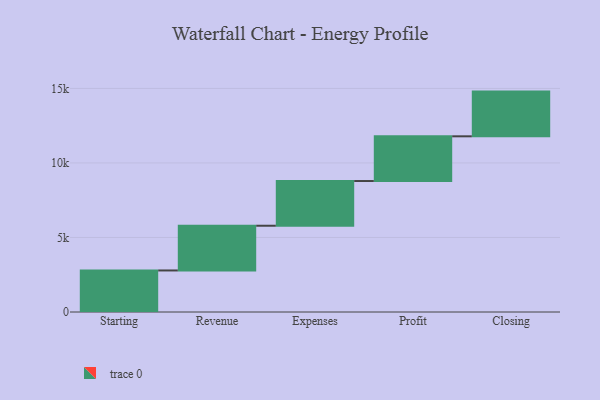
{"axis": {"x": "Step", "y": "Value"}, "legend": [""], "data": [{"x": "Starting", "y": 2787.0, "type": ""}, {"x": "Revenue", "y": 3000, "type": ""}, {"x": "Expenses", "y": 3000, "type": ""}, {"x": "Profit", "y": 3000, "type": ""}, {"x": "Closing", "y": 3000, "type": ""}]}